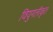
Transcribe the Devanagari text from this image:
वियुगलीकृत